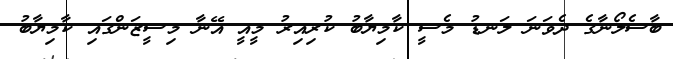
ބާސެލޯނާގެ ދެވަނަ ލަނޑު މެސީ ކާމިޔާބު ކުރިއިރު މީއީ އޭނާ މިސީޒަންގައި ކާމިޔާބު